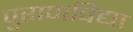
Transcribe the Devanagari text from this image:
पुराणविद्या